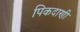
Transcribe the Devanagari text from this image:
पिकदाणी